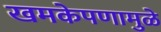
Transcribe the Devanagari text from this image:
खमकेपणामुळे